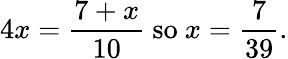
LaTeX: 4x={\frac{7+x}{10}}{\mathrm{~so~}}x={\frac{7}{39}}.